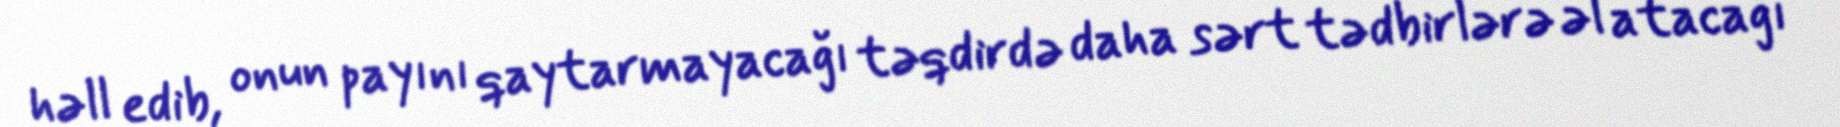
həll edib, onun payını qaytarmayacağı təqdirdə daha sərt tədbirlərə əl atacağı